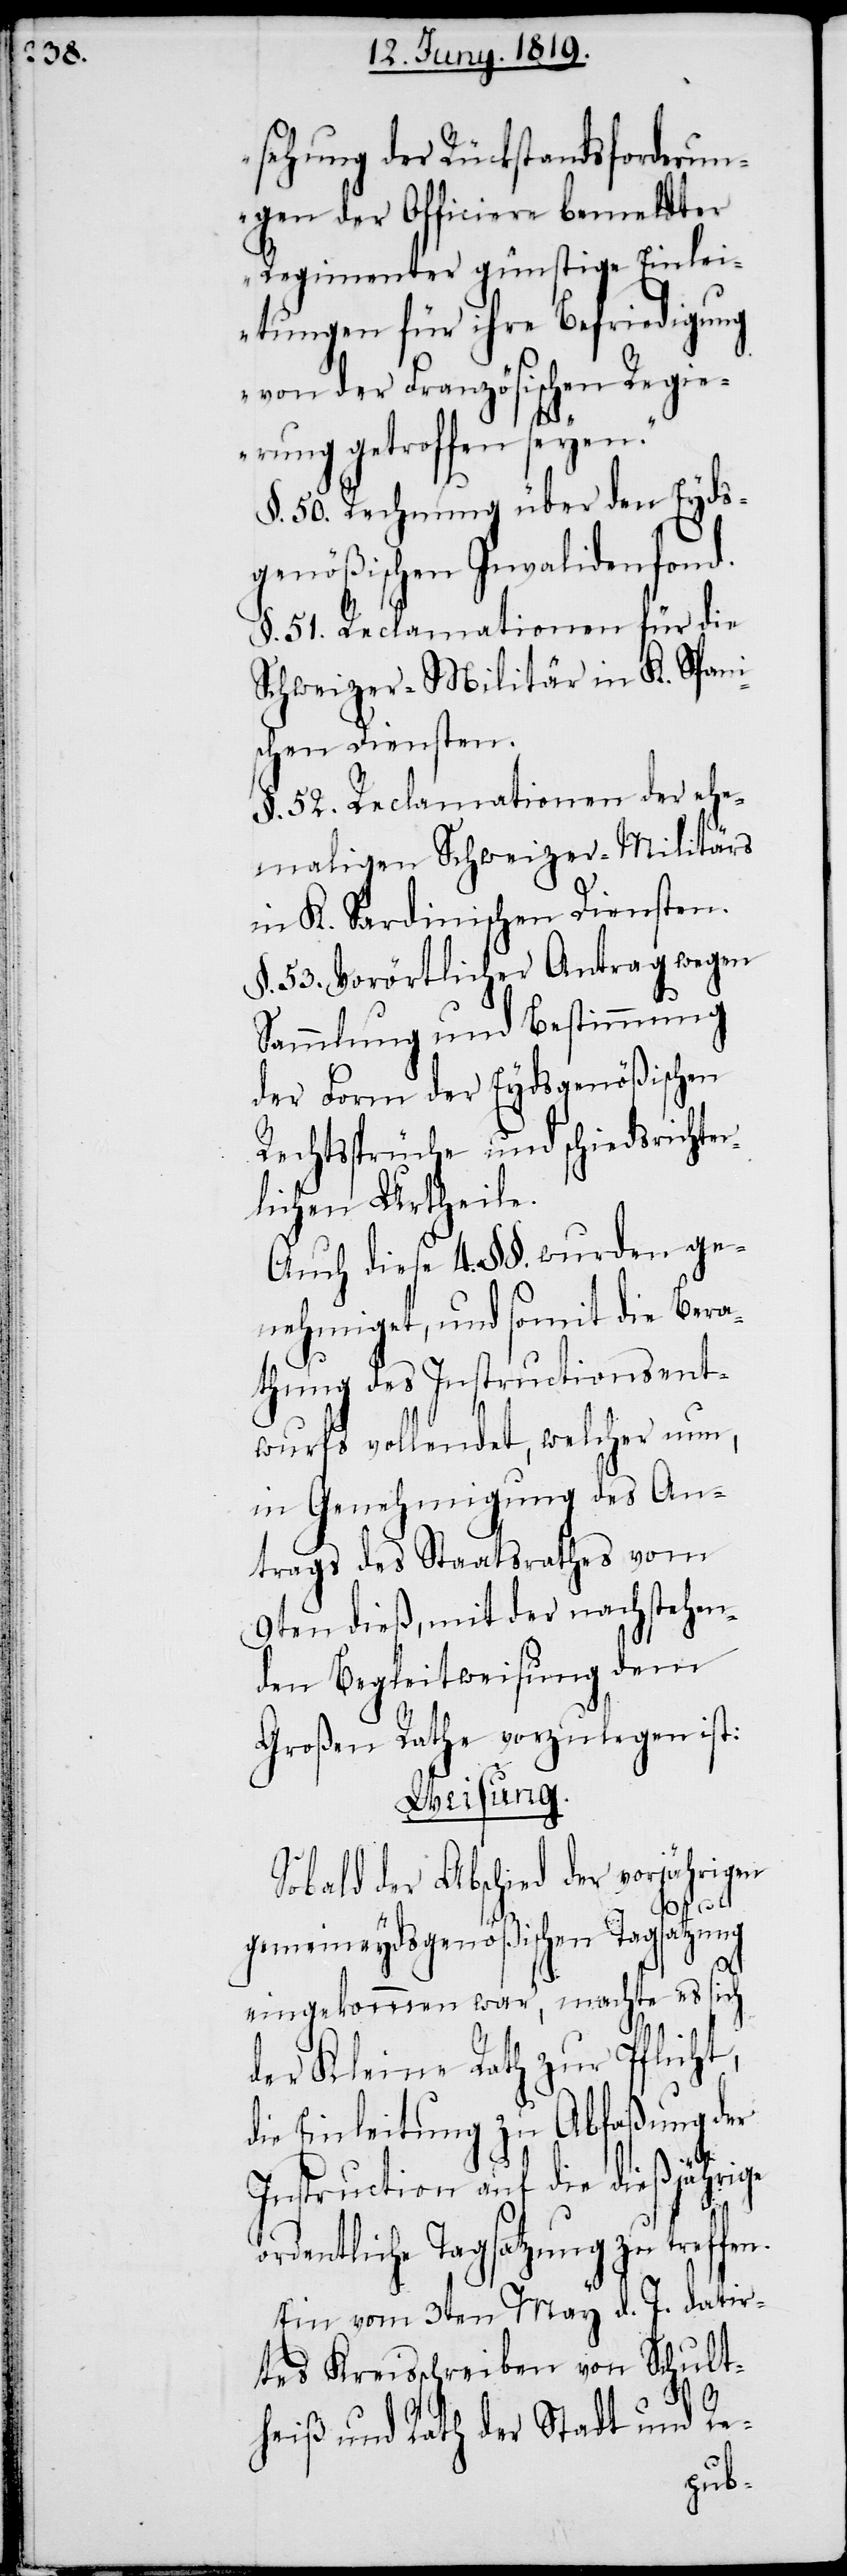
sehung der Rückstandsforderun¬
gen der Officiere bemeldter
Regimenter günstige Einlei¬
tungen für ihre Befriedigung
von der Französischen Regie¬
rung getroffen seyen.“
§. 50. Rechnung über den Eyds¬
genößischen Invalidenfond.
§. 51. Reclamationen für die
Schweizer-Militär in K. Spani¬
schen Diensten.
§. 52. Reclamationen der ehe¬
maligen Schweizer-Militärs
in K. Sardinischen Diensten.
§. 53. Vorörtlicher Antrag wegen
Sammlung und Bestimmung
der Form der Eydsgenößischen
Rechtssprüche und schiedsrichter¬
lichen Urtheile.
Auch diese 4. §§. wurden ge¬
nehmiget, und somit die Bera¬
thung des Instructionsent¬
wurfs vollendet, welcher nun,
in Genehmigung des An¬
trags des Staatsrathes vom
9ten dieß, mit der nachstehen¬
den Begleitweisung dem
Großen Rathe vorzulegen ist:
Weisung.
Sobald der Abschied der vorjährigen
gemeineydsgenößischen Tagsatzung
eingekommen war, macht es sich
der Kleine Rath zur Pflicht,
die Einleitung zu Abfaßung der
Instruction auf die dießjährige
ordentliche Tagsatzung zu treffen.
Ein vom 3ten May d. J. datir¬
tes Kreisschreiben von Schult¬
heiß und Rath der Stadt und Re-